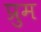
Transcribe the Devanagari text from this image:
प्रुम